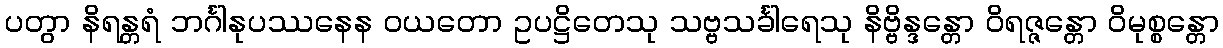
ပတွာ နိရန္တရံ ဘင်္ဂါနုပဿနေန ဝယတော ဥပဋ္ဌိတေသု သဗ္ဗသင်္ခါရေသု နိဗ္ဗိန္ဒန္တော ဝိရဇ္ဇန္တော ဝိမုစ္စန္တော